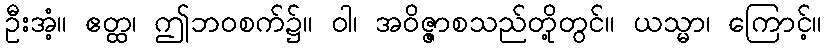
ဦးအံ့။ ဧတ္ထ၊ ဤဘဝစက်၌။ ဝါ၊ အဝိဇ္ဇာစသည်တို့တွင်။ ယသ္မာ၊ ကြောင့်။